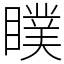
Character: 瞨